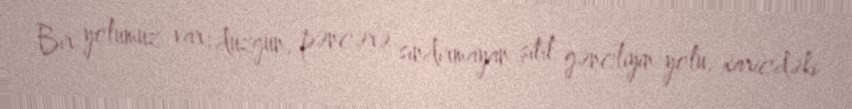
Bir yolumuz var: düzgün, pəncərə sındırmayan şitil gəncliyin yolu, xaricdəki